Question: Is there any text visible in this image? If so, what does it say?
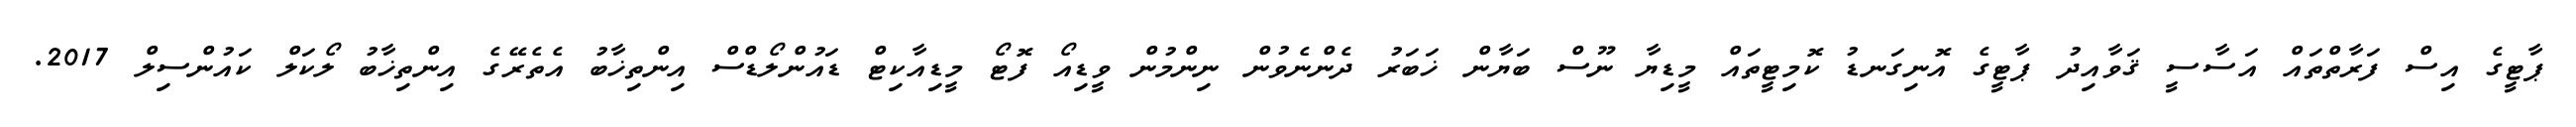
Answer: ޕާޓީގެ އިސް ފަރާތްތައް އަސާސީ ޤަވާއިދު ޕާޓީގެ އޮނިގަނޑު ކޮމިޓީތައް މީޑިޔާ ނޫސް ބަޔާން ޚަބަރު ދެންނެވުން ނިންމުން ވީޑިއޯ ފޮޓޯ މީޑިއާކިޓް ޑައުންލޯޑްސް އިންތިޚާބު އެތެރޭގެ އިންތިޚާބު ލޯކަލް ކައުންސިލް 2017.